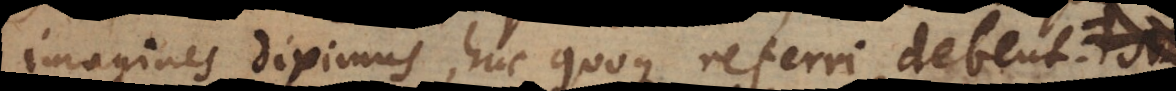
imagines diximus, huc quoque referri debent,